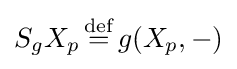
S_{g}X_{p}\,{\stackrel {\text{def}}{=}}\,g(X_{p},-)